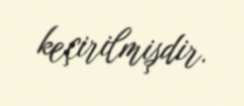
keçirilmişdir.